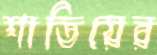
শাতিয়ের